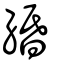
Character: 緍